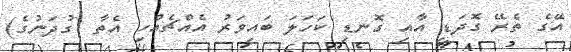
އޭގެ ތެރޭ ގޮދަޑި އާއި ގޮނޑި ކަހަލަ ބައިވަރު އެއްޗެއްހި އެތާ (ގުދަނުގެ)